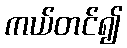
ကယ်တင်၍